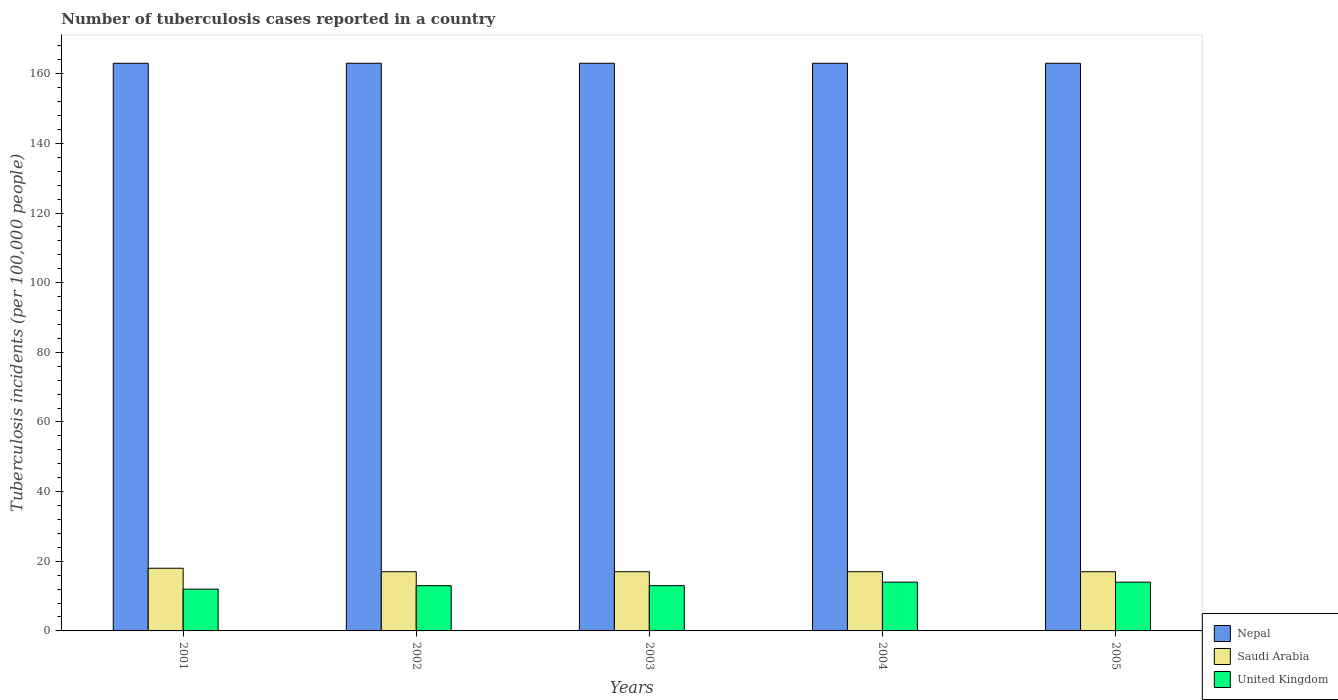
| Years | Nepal | Saudi Arabia | United Kingdom |
 | --- | --- | --- | --- |
 | 2001 | 163 | 18 | 12 |
 | 2002 | 163 | 17 | 13 |
 | 2003 | 163 | 17 | 13 |
 | 2004 | 163 | 17 | 14 |
 | 2005 | 163 | 17 | 14 |